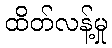
ထိတ်လန့်မှု